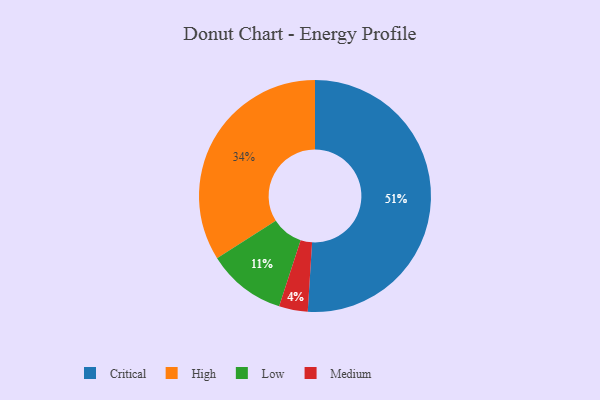
{"axis": {"x": "Category", "y": "Percentage"}, "legend": ["Critical", "High", "Low", "Medium"], "data": [{"x": "Critical", "y": 51, "type": "Critical"}, {"x": "Medium", "y": 4, "type": "Medium"}, {"x": "High", "y": 34, "type": "High"}, {"x": "Low", "y": 11, "type": "Low"}]}